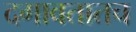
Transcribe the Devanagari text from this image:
दगावतातच